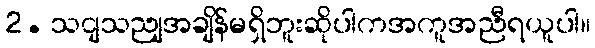
2. သငျသညျအချိန်မရှိဘူးဆိုပါကအကူအညီရယူပါ။